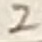
Text: 2